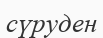
сүруден